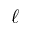
\ell